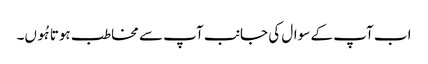
اب آپ کے سوال کی جانب آپ سے مخاطب ہوتا ہُوں۔